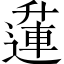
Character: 𨖲